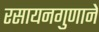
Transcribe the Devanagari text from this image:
रसायनगुणाने